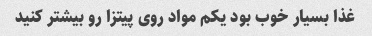
غذا بسیار خوب بود یکم مواد روی پیتزا رو بیشتر کنید